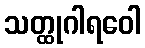
သတ္ထုဂါရဝေါ